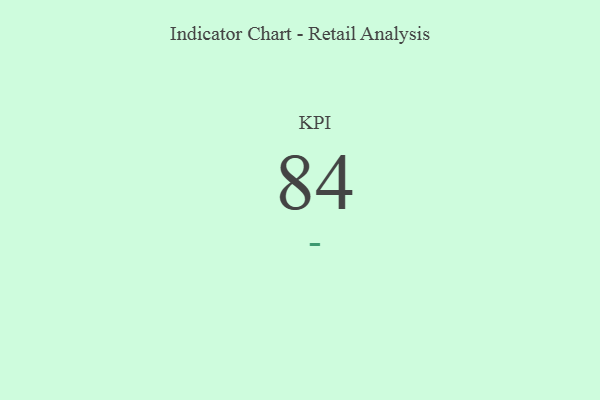
{"axis": {"x": "KPI", "y": "Value"}, "legend": [""], "data": [{"x": "KPI", "y": 84, "type": ""}]}